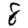
Digit: 8